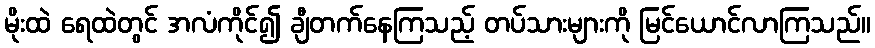
မိုးထဲ ရေထဲတွင် အလံကိုင်၍ ချီတက်နေကြသည့် တပ်သားများကို မြင်ယောင်လာကြသည်။